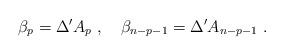
\begin{align*}\beta_p = \Delta' A_p\ ,\quad \beta_{n-p-1} = \Delta' A_{n-p-1}\ .\end{align*}